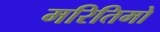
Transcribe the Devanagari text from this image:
मरितिमो